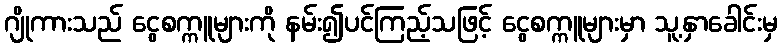
ဂျိုကားသည် ငွေစက္ကူများကို နမ်း၍ပင်ကြည့်သဖြင့် ငွေစက္ကူများမှာ သူ့နှာခေါင်းမှ